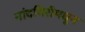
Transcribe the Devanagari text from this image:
नांदगिरीमधून